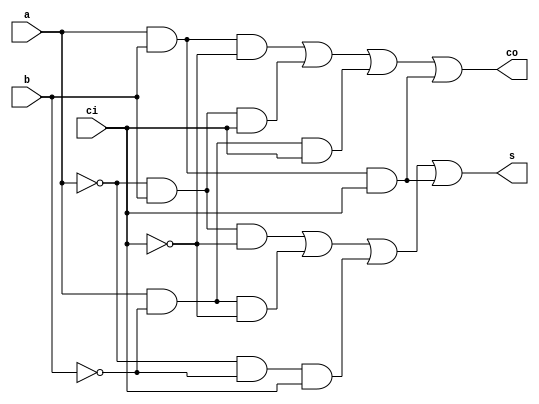
module fa_dataflow(  s,
                     co,
                     a,
                     b,
                     ci  );
                    
output   s      ;
output   co     ;

input    a      ;
input    b      ;
input    ci     ;

assign   s      =   ~a&b&~ci|a&~b&~ci|~a&~b&ci|a&b&ci ;
assign   co     =   a&b&~ci|~a&b&ci|a&~b&ci|a&b&ci    ;

endmodule 



module fa_behavior(  s,
                     co,
                     a,
                     b,
                     ci  );   
                    
output   s      ;
output   co     ;

input    a      ;
input    b      ;
input    ci     ;
                               
reg      s      ;
reg      co     ;

always @(ci,a,b) begin
       s      =   ~a&b&~ci|a&~b&~ci|~a&~b&ci|a&b&ci ; 
       co     =   a&b&~ci|~a&b&ci|a&~b&ci|a&b&ci    ;
end

endmodule


module fa_case(  s,
                 co,
                 a,
                 b,
                 ci  );
                    
output   s      ;
output   co     ;

input    a      ;
input    b      ;
input    ci     ;
                               
reg      s      ;
reg      co     ;

always @(ci,a,b) begin
       case( {ci, a, b} )
            3'b000 : {co, s} = 2'b00    ;
            3'b001 : {co, s} = 2'b01    ;
            3'b010 : {co, s} = 2'b01    ;                                    
            3'b011 : {co, s} = 2'b10    ;  
            3'b100 : {co, s} = 2'b01    ;
            3'b101 : {co, s} = 2'b10    ;
            3'b110 : {co, s} = 2'b10    ;                                    
            3'b111 : {co, s} = 2'b11    ;     
       endcase 
end
endmodule